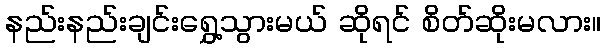
နည်းနည်းချင်းရွှေ့သွားမယ် ဆိုရင် စိတ်ဆိုးမလား။